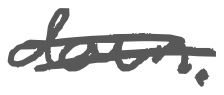
Text: down.
Cross-out: double-line
Writing tool: digital_gray